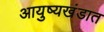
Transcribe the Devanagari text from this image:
आयुष्यखंडात